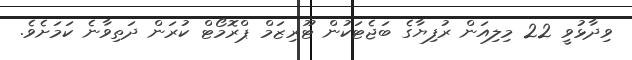
ވިދާޅުވީ 22 މިލިއަން ރުފިޔާގެ ބަޖެޓަކުން ޓޫރިޒަމް ޕްރޮމޯޓް ކުރަން ދަތިވާނެ ކަމަށެވެ.